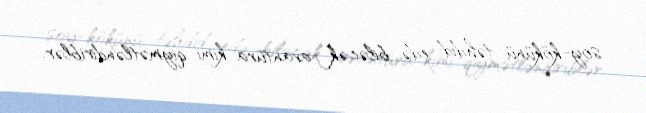
soy-kökünü təhdid edə biləcək avantüra kimi qiymətləndiriblər.